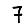
Digit: 7